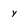
Character: y